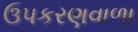
ઉપકરણવાળા